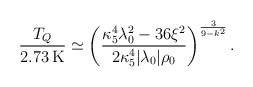
\begin{align*}{T_{Q}\over 2.73\,{\rm K}} \simeq \left({\kappa_{5}^4\lambda_{0}^2-36\xi^2\over 2\kappa_{5}^{4}|\lambda_{0}|\rho_{0}}\right)^{3\over 9-k^2}.\end{align*}